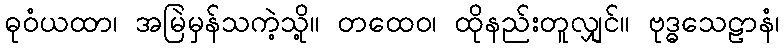
ဓုဝံယထာ၊ အမြဲမှန်သကဲ့သို့။ တထေဝ၊ ထိုနည်းတူလျှင်။ ဗုဒ္ဓသေဠာနံ၊